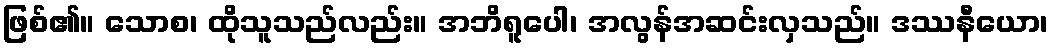
ဖြစ်၏။ သောစ၊ ထိုသူသည်လည်း။ အဘိရူပေါ၊ အလွန်အဆင်းလှသည်။ ဒဿနီယော၊